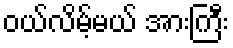
ဝယ်လိမ့်မယ် အားကြီး